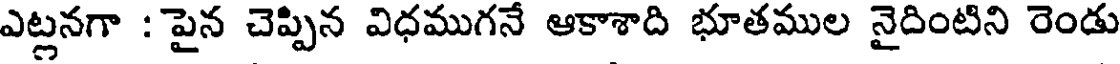
ఎట్లనగా : పైన చెప్పిన విధముగనే ఆకాశాది భూతముల నైదింటిని రెండు